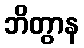
ဘိတွာန